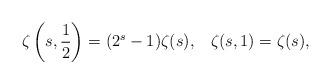
LaTeX: \begin{align*}\zeta \left( s, \frac{1}{2} \right) = (2^{s}-1) \zeta (s), \; \; \; \zeta (s,1) = \zeta (s),\end{align*}